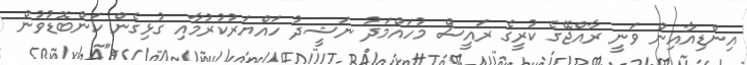
އިންޑިއާއިން ވަނީ ރާއްޖޭގެ ކުރީގެ ރައީސް މުހައްމަދު ނަޝީދު ހައްޔަރުކުރުމާއި ގުޅިގެން ކަންބޮޑުވުން